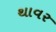
થાવર